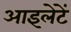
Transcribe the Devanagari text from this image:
आइलेटें